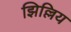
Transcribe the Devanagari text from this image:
झिल्लिय